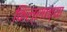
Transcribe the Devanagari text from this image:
किल्लाच्या